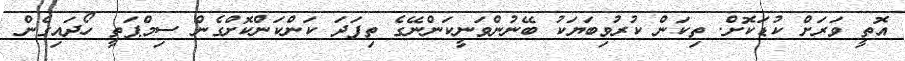
އޮތީ ވަރަށް ކުޑަކޮށް. ތިކަން ކުރުވިބަޔަކު ބޭނުންވަނީކަންނޭގެ ތިފަދަ ކަންކަންކޮށްގެން ސިމްޕަތީ ހޯދައިގެން